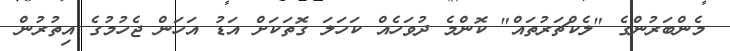
މެންބަރުންގެ "ލެކްޗަރުތައް" ކޮންމެ ދުވަހެއް ކަހަލަ ގޮތަކަށް އަޑު އަހަން ޖެހުމުގެ އިތުރުން